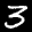
Label: 3